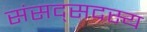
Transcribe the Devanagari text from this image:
संसद्सदस्य